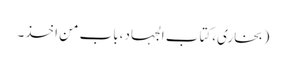
(بخاری،کتاب الجہاد،باب من اخذ۔